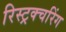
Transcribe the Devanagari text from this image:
रिस्ट्रक्चरिंग